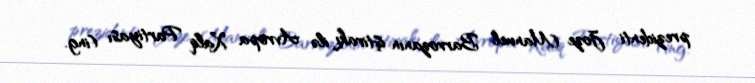
prezidenti Joze Manuel Barrozanın iştirakı ilə Avropa Xalq Partiyası (ing.